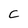
Character: C